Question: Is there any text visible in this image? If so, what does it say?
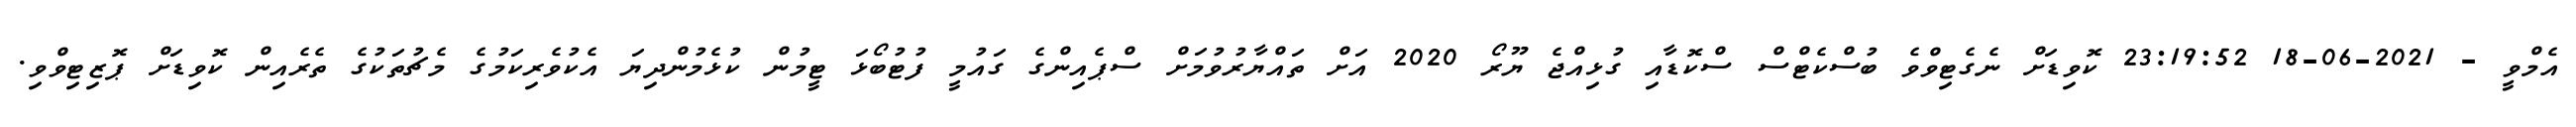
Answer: އެމްވީ - 2021-06-18 23:19:52 ކޮވިޑަށް ނެގެޓިވްވެ ބުސްކެޓްސް ސްކޮޑާއި ގުޅިއްޖެ ޔޫރޯ 2020 އަށް ތައްޔާރުވުމަށް ސްޕެއިންގެ ގައުމީ ފުޓުބޯޅަ ޓީމުން ކުޅެމުންދިޔަ އެކުވެރިކަމުގެ މެޗުތަކުގެ ތެރެއިން ކޮވިޑަށް ޕޮޒިޓިވްވި.